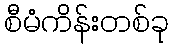
စီမံကိန်းတစ်ခု